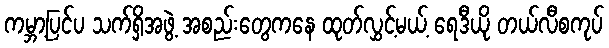
ကမ္ဘာ့ပြင်ပ သက်ရှိအဖွဲ့ အစည်းတွေကနေ ထုတ်လွှင့်မယ့် ရေဒီယို တယ်လီစကုပ်